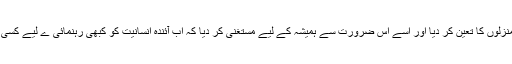
ختم نبوت نےانسانیت کے ارتقا کی اعلی ترین منزلوں کا تعین کر دیا اور اسے اس ضرورت سے ہمیشہ کے لیے مستغنی کر دیا کہ اب آئندہ انسانیت کو کبھی رہنمائی ے لیے کسی مافوق الفطرت ہستی کی طرف دیکھنا پڑے گا۔